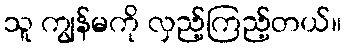
သူ ကျွန်မကို လှည့်ကြည့်တယ်။